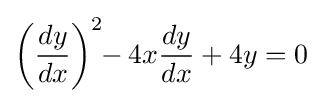
\left({\frac {dy}{dx}}\right)^{2}\!\!-4x{\frac {dy}{dx}}+4y=0